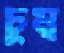
চুম্ব